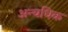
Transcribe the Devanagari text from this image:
अन्यधिक